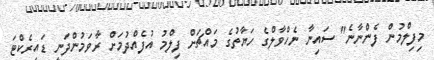
މިފިލްމުން ފެންނާނެ" ސައިނާ ނެހްވާލްގެ ހަޔާތުގެ މައްޗަށް ފިލްމު އުފެއްދުމަށް ރާވަމުންދަނީ ޑައިރެކްޓަ